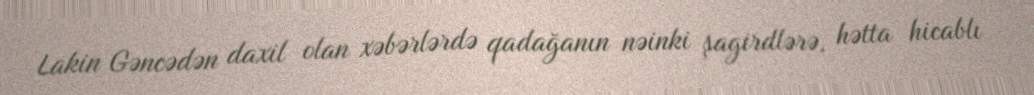
Lakin Gəncədən daxil olan xəbərlərdə qadağanın nəinki şagirdlərə, hətta hicablı